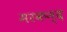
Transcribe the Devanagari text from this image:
मरकन्द